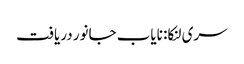
سری لنکا: نایاب جانور دریافت